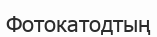
Фотокатодтың